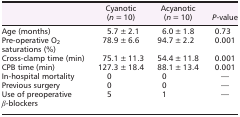
<table><thead><tr><td></td><td><b>Cyanotic (<i>n</i> = 10)</b></td><td><b>Acyanotic (<i>n</i> = 10)</b></td><td><b><i>P</i>‐value</b></td></tr></thead><tbody><tr><td>Age (months)</td><td>5.7 ± 2.1</td><td>6.0 ± 1.8</td><td>0.73</td></tr><tr><td>Pre‐operative O<sub>2</sub> saturations (%)</td><td>78.9 ± 6.6</td><td>94.7 ± 2.2</td><td>0.001</td></tr><tr><td>Cross‐clamp time (min)</td><td>75.1 ± 11.3</td><td>54.4 ± 11.8</td><td>0.001</td></tr><tr><td>CPB time (min)</td><td>127.3 ± 18.4</td><td>88.1 ± 13.4</td><td>0.001</td></tr><tr><td>In‐hospital mortality</td><td>0</td><td>0</td><td>—</td></tr><tr><td>Previous surgery</td><td>0</td><td>0</td><td>—</td></tr><tr><td>Use of preoperative <i>β</i>‐blockers</td><td>5</td><td>1</td><td>—</td></tr></tbody></table>